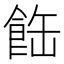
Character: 𩛊